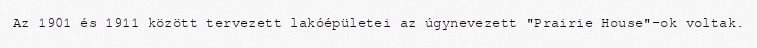
Az 1901 és 1911 között tervezett lakóépületei az úgynevezett "Prairie House"-ok voltak.